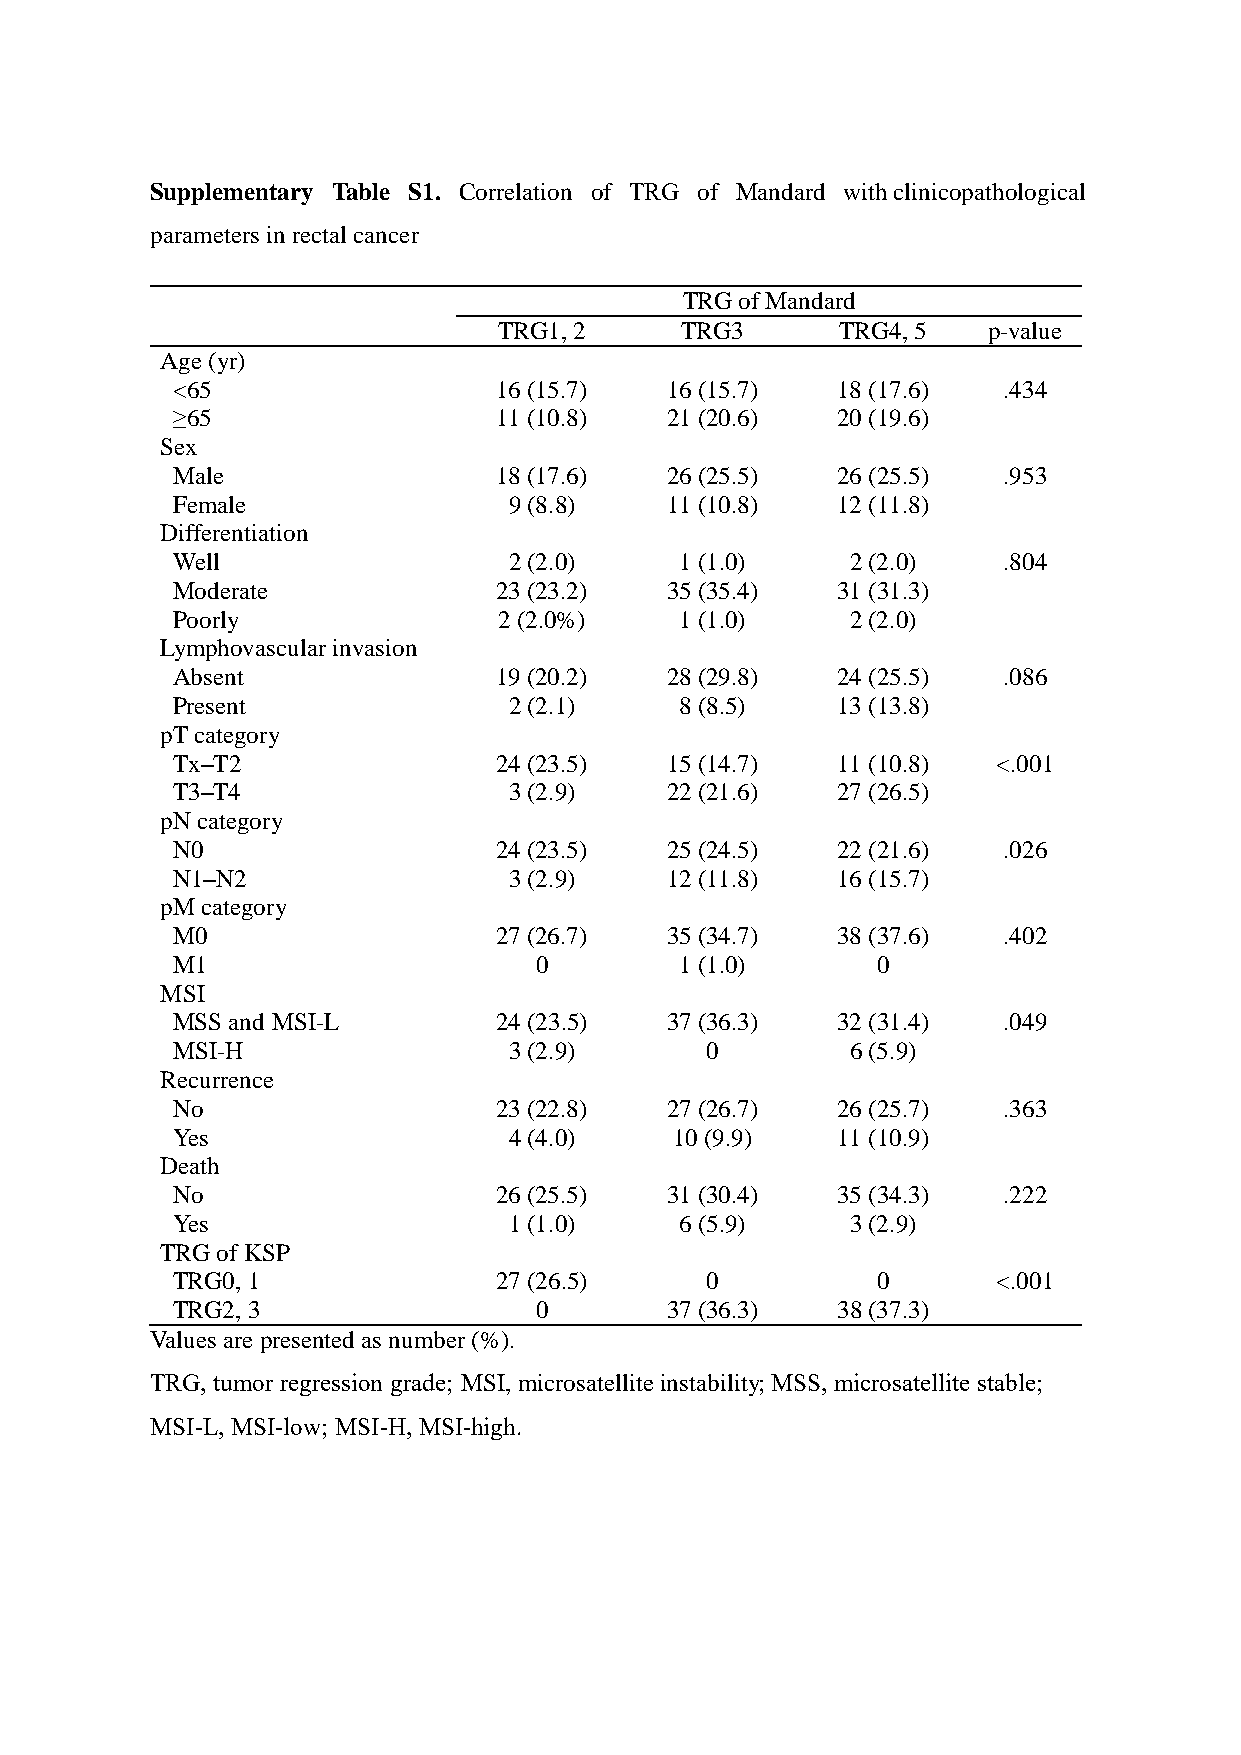
Supplementary Table S1. Correlation of TRG of Mandard with clinicopathological
 parameters in rectal cancer
 TRG of Mandard
 TRG1, 2     TRG3       TRG4, 5  p-value
 Age (yr)
 <65                   16 (15.7)  16 (15.7)  18 (17.6)  .434
 ≥65                   11 (10.8)  21 (20.6)  20 (19.6)
 Sex
 Male                  18 (17.6)  26 (25.5)  26 (25.5)  .953
 Female                 9 (8.8)   11 (10.8)  12 (11.8)
 Differentiation
 Well                   2 (2.0)    1 (1.0)    2 (2.0)   .804
 Moderate              23 (23.2)  35 (35.4)  31 (31.3)
 Poorly                2 (2.0%)    1 (1.0)    2 (2.0)
 Lymphovascular invasion
 Absent                19 (20.2)  28 (29.8)  24 (25.5)  .086
 Present                2 (2.1)    8 (8.5)   13 (13.8)
 pT category
 Tx‒T2                 24 (23.5)  15 (14.7)  11 (10.8)  <.001
 T3‒T4                  3 (2.9)   22 (21.6)  27 (26.5)
 pN category
 N0                    24 (23.5)  25 (24.5)  22 (21.6)  .026
 N1‒N2                  3 (2.9)   12 (11.8)  16 (15.7)
 pM category
 M0                    27 (26.7)  35 (34.7)  38 (37.6)  .402
 M1                      0         1 (1.0)      0
 MSI
 MSS and MSI-L         24 (23.5)  37 (36.3)  32 (31.4)  .049
 MSI-H                  3 (2.9)      0        6 (5.9)
 Recurrence
 No                    23 (22.8)  27 (26.7)  26 (25.7)  .363
 Yes                    4 (4.0)    10 (9.9)  11 (10.9)
 Death
 No                    26 (25.5)  31 (30.4)  35 (34.3)  .222
 Yes                    1 (1.0)    6 (5.9)    3 (2.9)
 TRG of KSP
 TRG0, 1               27 (26.5)     0          0       <.001
 TRG2, 3                 0        37 (36.3)  38 (37.3)
 Values are presented as number (%).
 TRG, tumor regression grade; MSI, microsatellite instability; MSS, microsatellite stable;
 MSI-L, MSI-low; MSI-H, MSI-high.